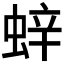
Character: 𫋁